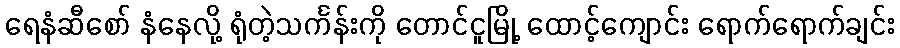
ရေနံဆီစော် နံနေလို့ ရုံတဲ့သင်္ကန်းကို တောင်ငူမြို့ ထောင့်ကျောင်း ရောက်ရောက်ချင်း